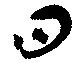
問